Vaccination in Burma 1889-1999 - 1889-1999
Year: 1889
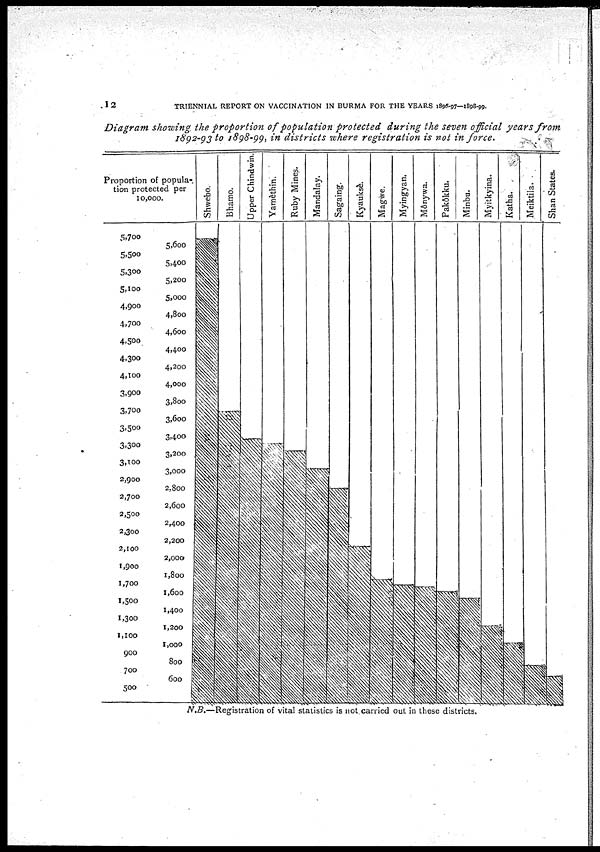
12
TRIENNIAL REPORT ON VACCINATION IN BURMA FOR THE YEARS 1896-97—1898-99.
Diagram showing, the proportion of population protected during the seven official years from
1892-93 to 1898-99, in districts where registration is not in force.
N.B.—Registration of vital statistics is not carried out in these districts.